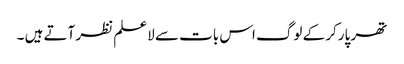
تھر پارکر کے لوگ اس بات سے لاعلم نظر آتے ہیں ۔